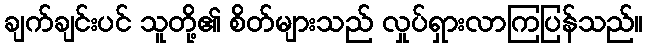
ချက်ချင်းပင် သူတို့၏ စိတ်များသည် လှုပ်ရှားလာကြပြန်သည်။